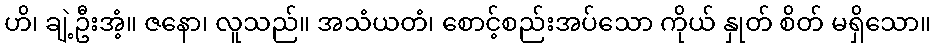
ဟိ၊ ချဲ့ဦးအံ့။ ဇနော၊ လူသည်။ အသံယတံ၊ စောင့်စည်းအပ်သော ကိုယ် နှုတ် စိတ် မရှိသော။